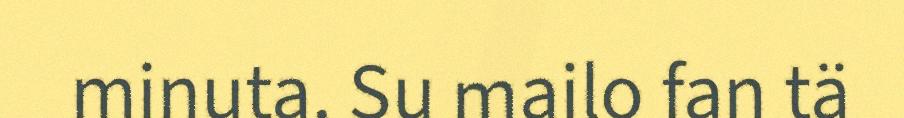
minuta. Su mailo fan tä